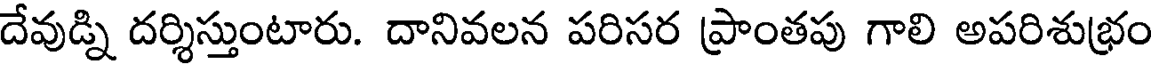
దేవుడ్ని దర్శిస్తుంటారు. దానివలన పరిసర ప్రాంతపు గాలి అపరిశుభ్రం